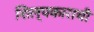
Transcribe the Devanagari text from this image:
शिल्पकाराची